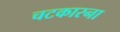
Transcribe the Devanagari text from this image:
चटकारना